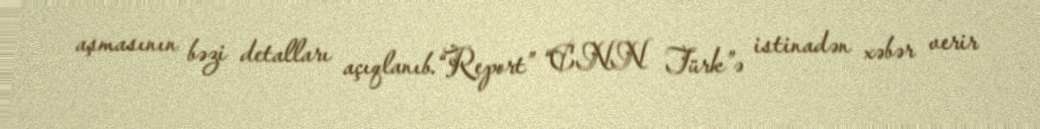
aşmasının bəzi detalları açıqlanıb.“Report” “CNN Türk”ə istinadən xəbər verir